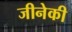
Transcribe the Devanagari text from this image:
जीनेकी